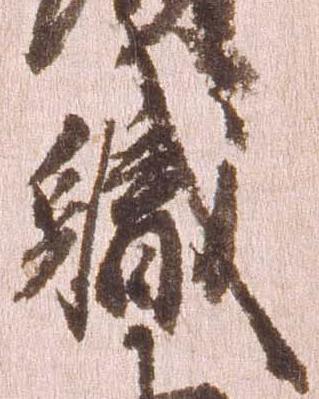
職